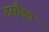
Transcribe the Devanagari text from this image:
टसौड्स